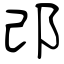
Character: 邔